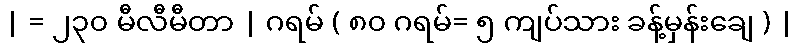
| = ၂၃၀ မီလီမီတာ | ဂရမ် ( ၈၀ ဂရမ်= ၅ ကျပ်သား ခန့်မှန်းချေ ) |